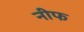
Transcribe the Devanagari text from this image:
नीफ